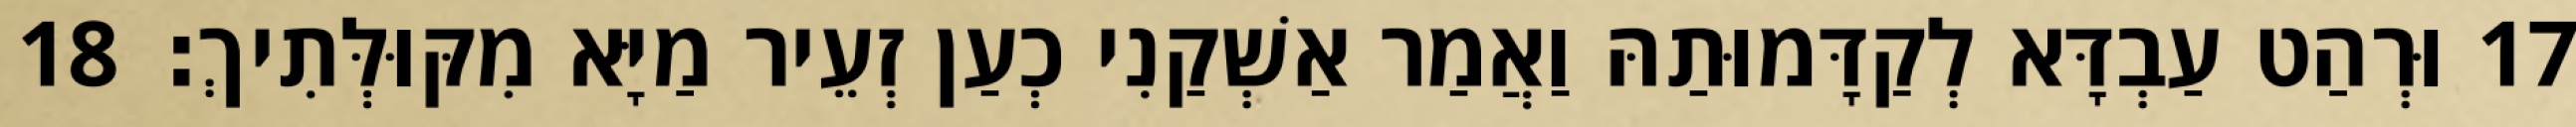
17 וּרְהַט עַבְדָּא לְקַדָּמוּתַהּ וַאֲמַר אַשְׁקַנִי כְעַן זְעֵיר מַיָּא מִקּוּלְּתִיךְ׃ 18